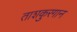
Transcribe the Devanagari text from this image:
ताशकुरगान